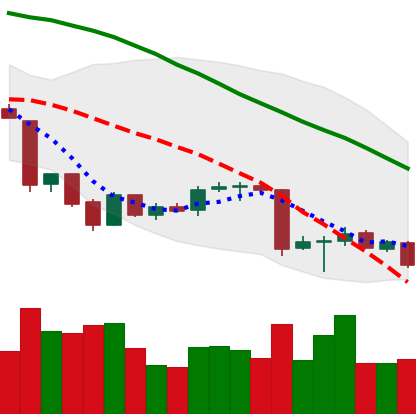
Ticker: BTC-USD
Chart end date: 2018-06-28
Forward return: 10.606%
Label: up_7plus